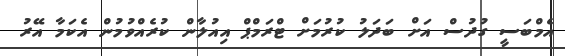
އެމްބަސީ ގުދުސް އަށް ބަދަލު ކުރުމަށް ޓްރަމްޕް އިއުލާން ކުރެއްވުމުން އެކަމާ އޭރު